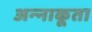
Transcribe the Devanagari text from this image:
अन्‍नाकूता